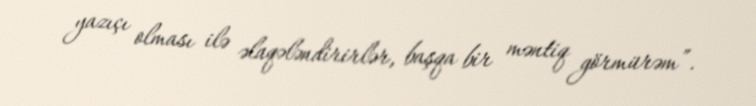
yazıçı olması ilə əlaqələndirirlər, başqa bir məntiq görmürəm”.